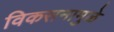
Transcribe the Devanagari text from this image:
विकसनामुळे